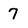
Character: 7